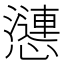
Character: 𢣣